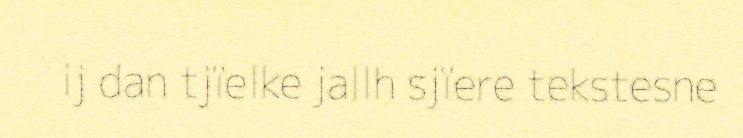
ij dan tjïelke jallh sjïere tekstesne